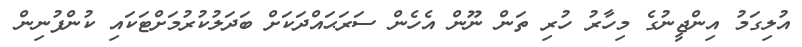
އުލިގަމު އިންޖީނުގެ މިހާރު ހުރި ތަން ނޫން އެހެން ސަރަޙައްދަކަށް ބަދަލުކުރުމަށްޓަކައި ކުންފުނިން